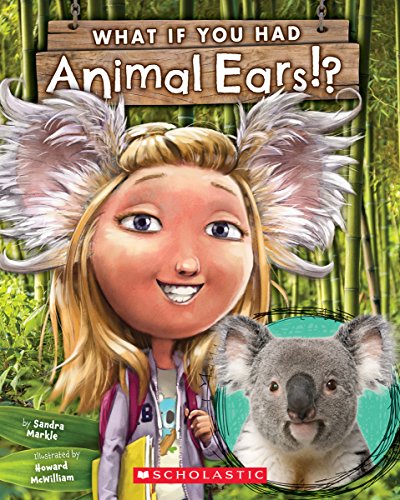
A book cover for What If You Had Animal Ears?; Sandra Markle; Children's Books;